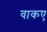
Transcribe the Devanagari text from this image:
वाकए